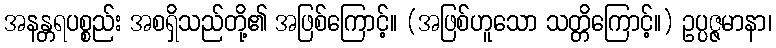
အနန္တရပစ္စည်း အစရှိသည်တို့၏ အဖြစ်ကြောင့်။ (အဖြစ်ဟူသော သတ္တိကြောင့်။) ဥပ္ပဇ္ဇမာနာ၊